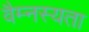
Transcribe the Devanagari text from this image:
वैम्नस्यता